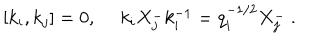
[ k _ { i } , k _ { j } ] = 0 , ~ ~ k _ { i } X _ { j } ^ { - } k _ { i } ^ { - 1 } = q _ { i } ^ { - 1 / 2 } X _ { j } ^ { - } ~ .